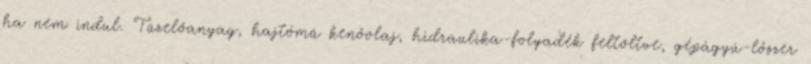
ha nem indul. Tüzelőanyag, hajtómű kenőolaj, hidraulika-folyadék feltöltve, gépágyú-lőszer